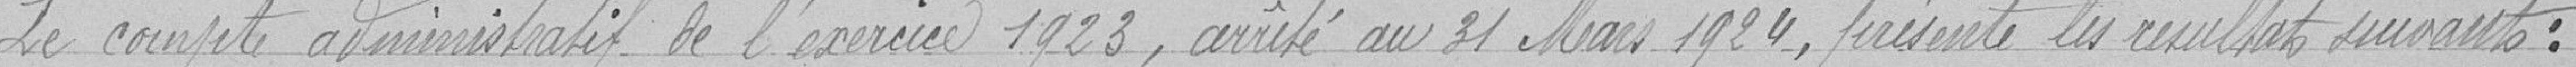
Le compte administratif de l'exercice 1923, arrêté au 31 Mars 1924 présente les résultats suivants :